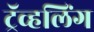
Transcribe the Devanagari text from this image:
ट्रॅव्हलिंग